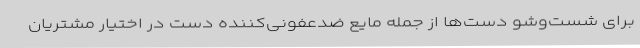
برای شست‌وشو دست‌ها از جمله مایع ضدعفونی‌کننده دست در اختیار مشتریان